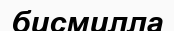
бисмилла